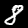
Digit: 8